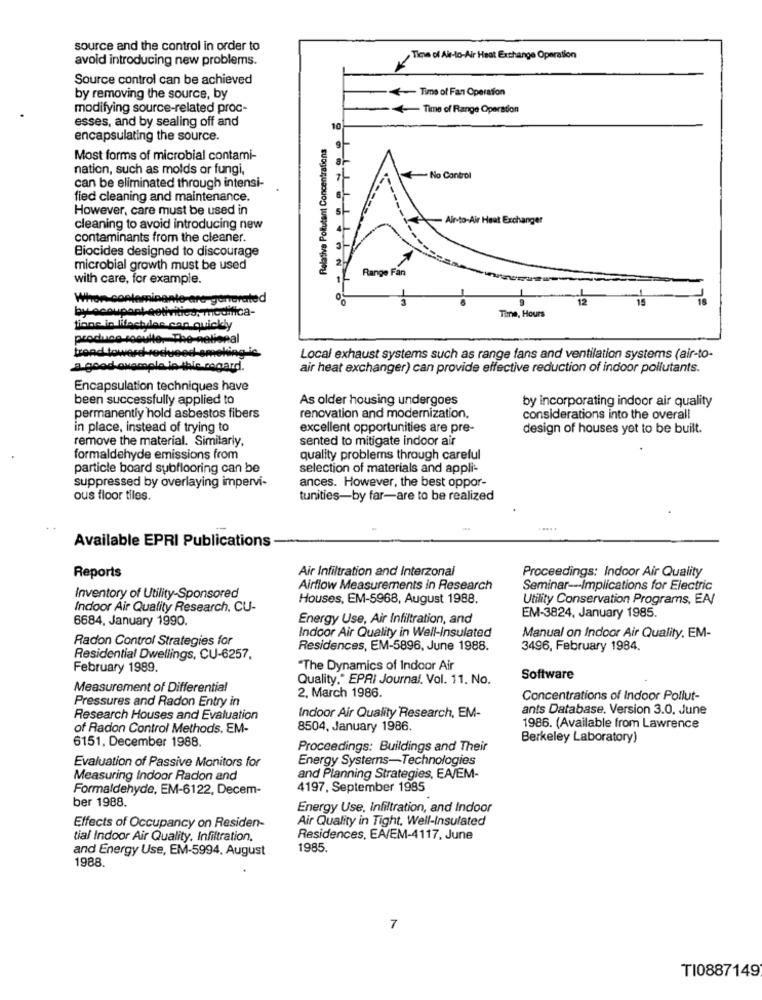
source and the control in order to
avoid introducing new problems.
Tine of Air-to-Air Heat Exchange Operation
Source control can be achieved
by removing the source, by
< Time of Fan Operation
modifying source-related proc-
-+ Time of Range Operation
esses, and by sealing off and
10
encapsulating the source.
Relative Pollutant Concentrations
Most forms of microbial contami-
nation, such as molds or fungi,
No Control
can be eliminated through intensi-
fied cleaning and maintenance.
However, care must be used in
- Air-to-Air Heat Exchanger
cleaning to avoid introducing new
contaminants from the cleaner
Biocides designed to discourage
microbial growth must be used
Range Fan
with care, for example.
Whon contamin
are generated
12
Time, Hours
tiene in lifactules can quickly
produce resulte. The-national
trend toward-secueed-smoking is
Local exhaust systems such as range fans and ventilation systems (air-to-
a good ovample le ible regard.
air heat exchanger) can provide effective reduction of indoor pollutants.
Encapsulation techniques have
been successfully applied to
As older housing undergoes
by incorporating indoor air quality
permanently hold asbestos fibers
renovation and modernization,
considerations into the overall
in place, instead of trying to
excellent opportunities are pre-
design of houses yet to be built.
remove the material. Similarly,
sented to mitigate indoor air
formaldehyde emissions from
quality problems through careful
particle board subflooring can be
selection of materials and appli-
ances. However, the best oppor-
suppressed by overlaying impervi-
ous floor tiles.
tunities-by far-are to be realized
Available EPRI Publications
Air Infiltration and Interzonal
Proceedings: Indoor Air Quality
Reports
Airflow Measurements in Research
Seminar-Implications for Electric
Inventory of Utility-Sponsored
Houses, EM-5968, August 1988.
Utility Conservation Programs, EA/
Indoor Air Quality Research. CU-
6684, January 1990.
Energy Use, Air Infiltration, and
EM-3824, January 1985.
Indoor Air Quality in Well-Insulated
Radon Control Strategies for
Manual on Indoor Air Quality. EM-
Residences, EM-5896, June 1988.
3496, February 1984.
Residential Dwellings, CU-6257.
February 1989
"The Dynamics of Indoor Air
Quality." EPRI Journal, Vol. 11. No.
Software
Measurement of Differential
2, March 1986.
Pressures and Radon Entry in
Concentrations of Indoor Pollut-
ants Database, Version 3.0, June
Research Houses and Evaluation
Indoor Air Quality Research, EM-
of Radon Control Methods. EM-
8504, January 1986.
1986. (Available from Lawrence
6151, December 1988.
Berkeley Laboratory)
Proceedings: Buildings and Their
Evaluation of Passive Monitors for
Energy Systems-Technologies
Measuring Indoor Radon and
and Planning Strategies, EA/EM-
Formaldehyde, EM-6122, Decem-
4197, September 1985
ber 1988.
Energy Use, Infiltration, and Indoor
Air Quality in Tight, Well-Insulated
Effects of Occupancy on Residen-
tial Indoor Air Quality, Infiltration.
Residences, EA/EM-4117, June
and Energy Use, EM-5994. August
1985
1988.
7
TI0887149